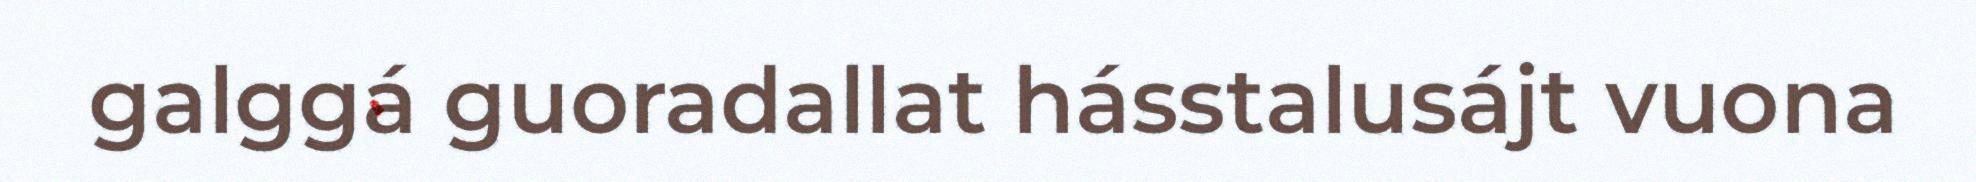
galggá guoradallat hásstalusájt vuona